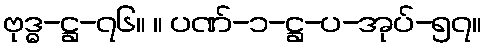
ဗုဒ္ဓ-ဋ္ဌ-၇၆။ ။ ပဏ်-၁-ဋ္ဌ-ပ-အုပ်-၅၇။